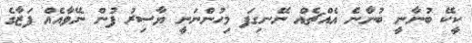
ކީކޭ ބުނާނީ ބުނާނެ އެއްޗެއް ނޭނގިފަ މިހުންނަނީ ޔާސިރު ފުން ނޭވާއެއް ފަޒާގެ